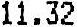
11.32